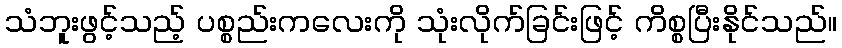
သံဘူးဖွင့်သည့် ပစ္စည်းကလေးကို သုံးလိုက်ခြင်းဖြင့် ကိစ္စပြီးနိုင်သည်။